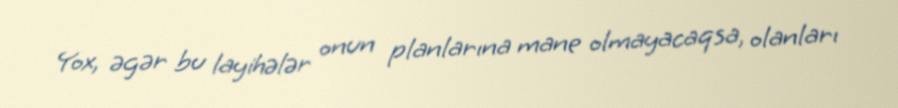
Yox, əgər bu layihələr onun planlarına mane olmayacaqsa, olanları